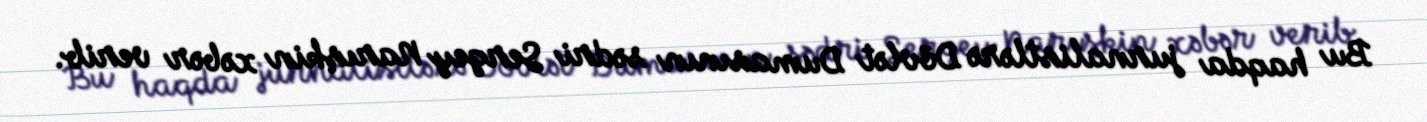
Bu haqda jurnalistlərə Dövlət Dumasının sədri Sergey Narışkin xəbər verib.